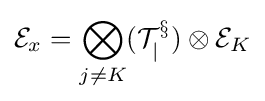
{\mathcal {E}}_{x}=\bigotimes _{j\not =K}({\cal {T_{j}^{x}}})\otimes {\cal {E}}_{K}